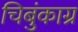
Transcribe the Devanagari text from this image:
चिबुंकाग्र